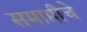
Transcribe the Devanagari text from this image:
समाप्तीचे